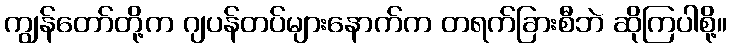
ကျွန်တော်တို့က ဂျပန်တပ်များနောက်က တရက်ခြားစီဘဲ ဆိုကြပါစို့။